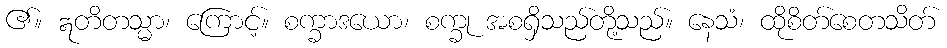
၏။ ဣတိတသ္မာ၊ ကြောင့်။ စက္ခာဒယော၊ စက္ခု အစရှိသည်တို့သည်။ နေသံ၊ ထိုစိတ်စေတသိတ်